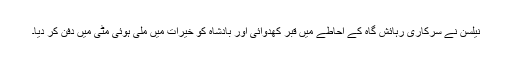
نیلسن نے سرکاری رہائش گاہ کے احاطے میں قبر کھدوائی اور بادشاہ کو خیرات میں ملی ہوئی مٹی میں دفن کر دیا۔